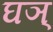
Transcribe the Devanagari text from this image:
घञ्‌